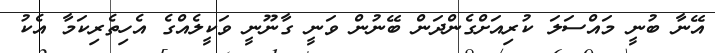
އޭނާ ބުނީ މައްސަލަ ކުރިއަށްގެންދަން ބޭނުން ވަނީ ގާނޫނީ ވަކީލެއްގެ އެހިތެރިކަމާ އެކު